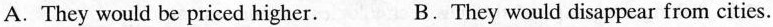
A. They would be priced higher. B.They would disappear from cities.